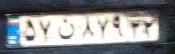
۵۷ن۸۷۹۳۲